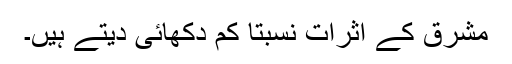
مشرق کے اثرات نسبتاً کم دکھائی دیتے ہیں۔